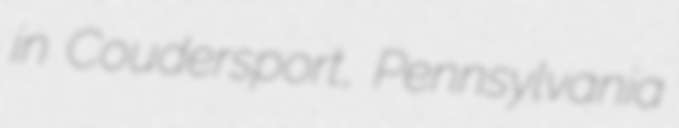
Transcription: in Coudersport, Pennsylvania